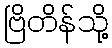
ဗြိတိန်သို့